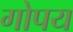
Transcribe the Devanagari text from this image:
गोपय